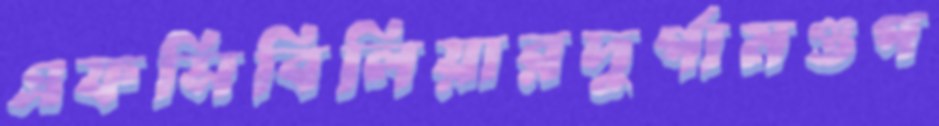
এফসিবিলিয়ারদুর্গামণ্ডপ